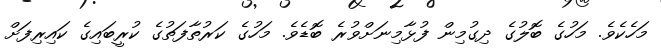
މަހެކެވެ. މަހުގެ ބޮލުގެ ދިގުމިން ފުޅާމިނަށްވުރެ ބޮޑެވެ. މަހުގެ ކަރުތާފަތުގެ ކުރީބައިގެ ކައިރިފަށް